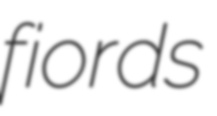
fiords